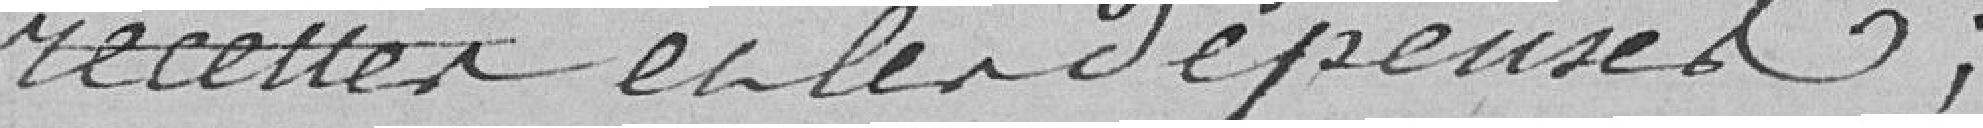
recettes et les dépenses ;